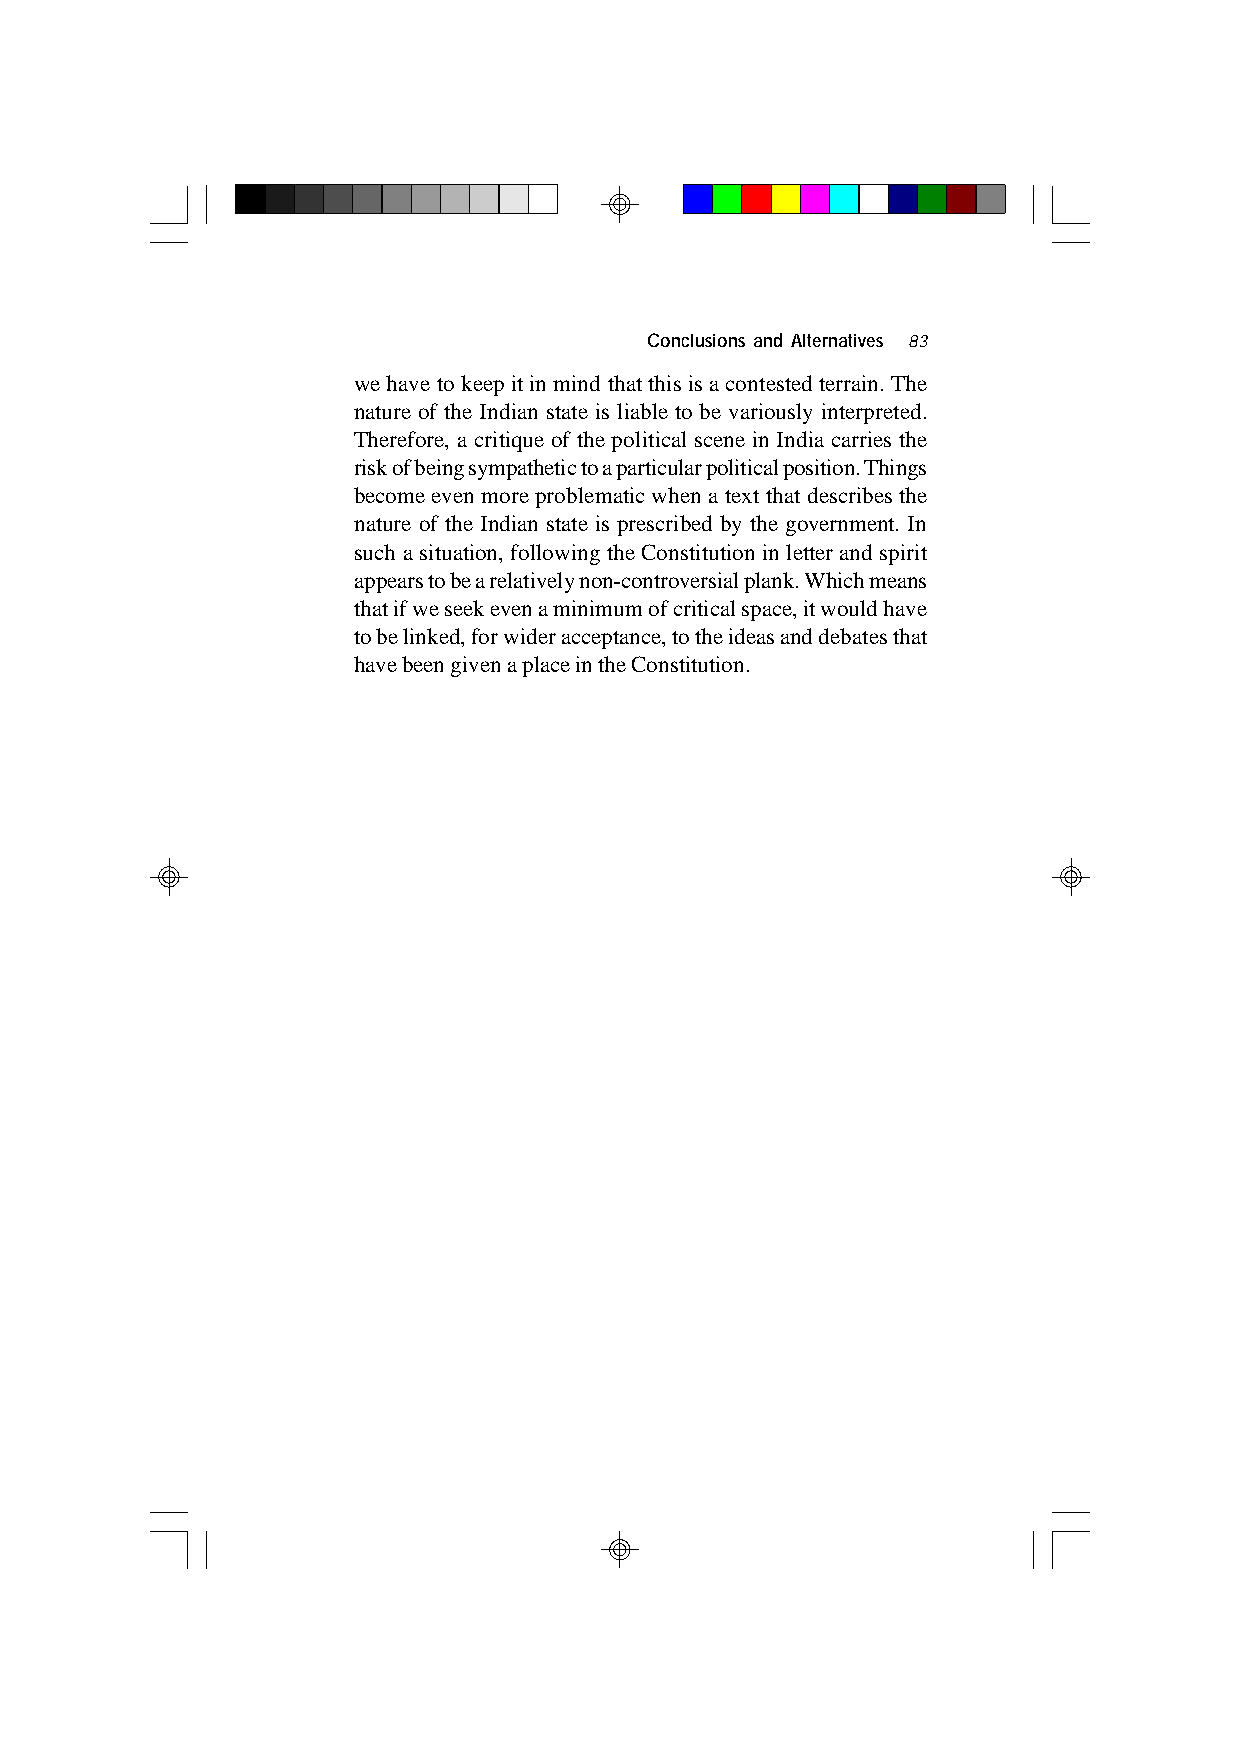
Conclusions and Alternatives 83
 we have to keep it in mind that this is a contested terrain. The
 nature of the Indian state is liable to be variously interpreted.
 Therefore, a critique of the political scene in India carries the
 risk of being sympathetic to a particular political position. Things
 become even more problematic when a text that describes the
 nature of the Indian state is prescribed by the government. In
 such a situation, following the Constitution in letter and spirit
 appears to be a relatively non-controversial plank. Which means
 that if we seek even a minimum of critical space, it would have
 to be linked, for wider acceptance, to the ideas and debates that
 have been given a place in the Constitution.